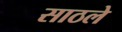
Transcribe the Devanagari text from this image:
साठले